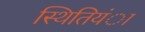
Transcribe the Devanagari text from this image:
स्थितियंा